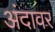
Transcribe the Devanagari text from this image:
अंदावर